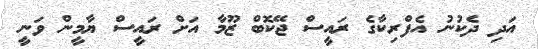
އަދި ދެކުނު އެފްރިކާގެ ރައީސް ޖޭކޮބް ޒޫމާ އަށް ރައީސް ޔާމީން ވަނީ